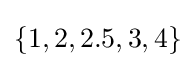
\{1,2,2.5,3,4\}